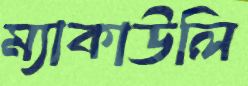
ম্যাকাউলি